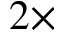
2 \times